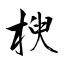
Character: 楰